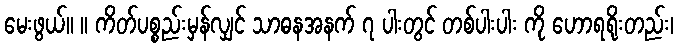
မေးဖွယ်။ ။ ကိတ်ပစ္စည်းမှန်လျှင် သာဓနအနက် ၇ ပါးတွင် တစ်ပါးပါး ကို ဟောရရိုးတည်း၊